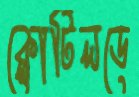
ক্লোটিলডে